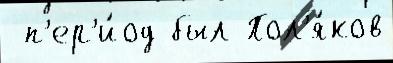
 п'ер'и́од был Пол'я́ков